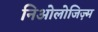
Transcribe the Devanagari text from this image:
निओलोजिज़्म